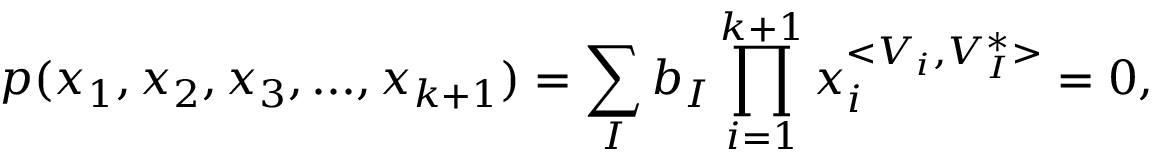
p ( x _ { 1 } , x _ { 2 } , x _ { 3 } , . . . , x _ { k + 1 } ) = \sum _ { I } b _ { I } \prod _ { i = 1 } ^ { k + 1 } x _ { i } ^ { < { V } _ { i } , { V } _ { I } ^ { \ast } > } = 0 ,